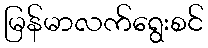
မြန်မာလက်ရွေးစင်